Report on sanitation, dispensaries, and jails in Rajputana for 1915, and on vaccination for the year 1915-1916 - 1915-1916
Year: 1915
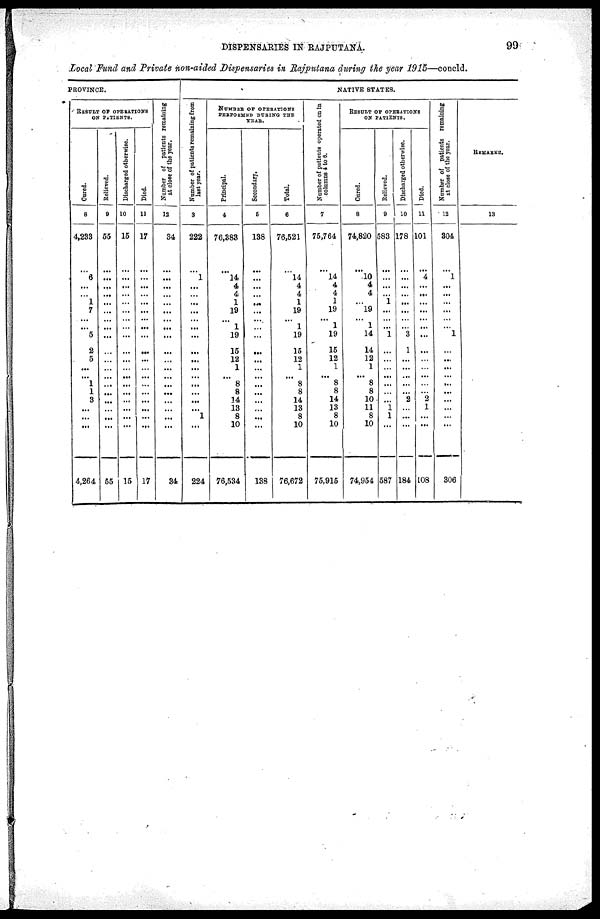
DISPENSARIES IN RAJPUTANA.
99
Local Fund and Private non-aided Dispensaries in Rajputana during the year 1915—concld.
PROVINCE.
RESULT OF OPERATIONS
ON PATIENTS.
Cured.
8
4,233
...
6
...
...
1
7
...
...
5
2
5
...
... 1
1
3
...
...
...
4,264
Believed.
9
55
...
...
...
...
...
...
...
...
...
...
...
...
...
...
...
...
...
...
...
55
Discharged otherwise.
10
15
...
...
...
...
...
...
...
...
...
...
. ..
...
...
...
...
...
...
...
...
15
Died.
11
17
...
...
...
...
...
...
...
...
...
...
...
...
...
...
...
...
...
...
...
17
Number of patients remaining
at close of the year.
12
34
...
...
...
...
...
...
...
...
...
...
...
...
...
...
...
...
...
...
...
34
NATIVE STATES.
Number of patients remaining from
last year.
3
222
...
1
...
...
...
...
...
...
...
...
...
...
...
...
...
...
...
1
...
224
NUMBER OF OPERATIONS
PERFORMED DURING THE
YEAR.
Principal.
4
76,383
...
14
4
4
1
19
...
1
19
15
12
1
... 8
8
14
13
8
10
76,534
Secondary.
5
138
...
...
...
...
...
...
...
...
...
...
...
...
...
...
...
...
...
...
138
Total.
6
76,521
...
14
4
4
1
19
...
1
19
15
12
1
... 8
8
14
13
8
10
76,672
Number of patients operated on in
columns 4 to 6.
7
75,764
...
14
4
4
1
19
...
1
19
15
12
1
...
8
8
14
13
8
10
75,915
RESULT OF OPERATIONS
ON PATIENTS.
Cared.
8
74,820
...
10
4
4
...
19
...
1
14
14
12
1
...
8
8
10
11
8
10
74,954
Relieved.
9
583
...
...
...
...
1
...
...
...
1
...
...
...
...
...
...
...
1
1
...
587
Discharged otherwise.
10
178
...
...
...
...
...
...
...
3
1
...
...
...
...
...
2
...
...
...
184
Died.
11
101
...
4
...
...
...
...
...
...
...
...
...
...
...
...
...
2
1
...
...
108
Number of patients remaining
at close of the year.
12
304
...
1
...
...
...
...
...
...
1
...
...
...
...
...
...
...
...
...
...
306
REMARKS.
13